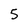
Character: 5